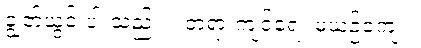
ချွတ်ယွင်းပါးသည်။ ။ တရားကျင့်ရေး မယဉ်ကျေး။